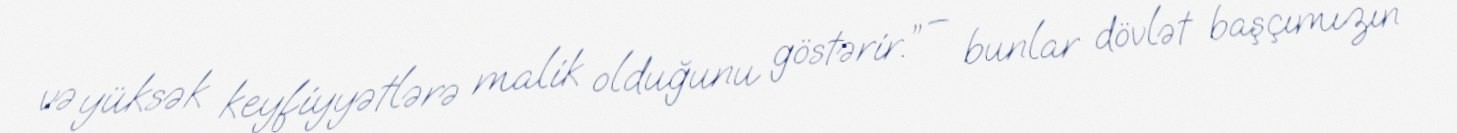
və yüksək keyfiyyətlərə malik olduğunu göstərir.” – bunlar dövlət başçımızın